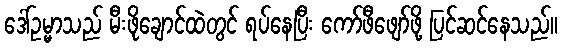
ဒေါ်ဥမ္မာသည် မီးဖိုချောင်ထဲတွင် ရပ်နေပြီး ကော်ဖီဖျော်ဖို့ ပြင်ဆင်နေသည်။